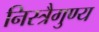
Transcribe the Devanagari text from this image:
निस्त्रैगुण्य